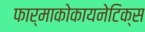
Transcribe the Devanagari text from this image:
फार्माकोकायनेटिक्स